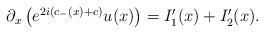
\begin{align*}\begin{aligned}\partial_x \left( e^{2i(c_-(x)+c)} u(x) \right)&=I_1'(x)+I_2'(x).\end{aligned}\end{align*}